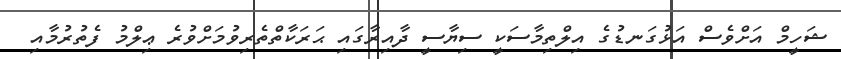
ޝަހީމް އަށްވެސް އަޅުގަނޑުގެ އިލްތިމާސަކީ ސިޔާސީ ދާއިރާގައި ޙަރަކާތްތެރިވުމަށްވުރެ ޢިލްމު ފެތުރުމާއި